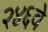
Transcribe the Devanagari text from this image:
२४६वे